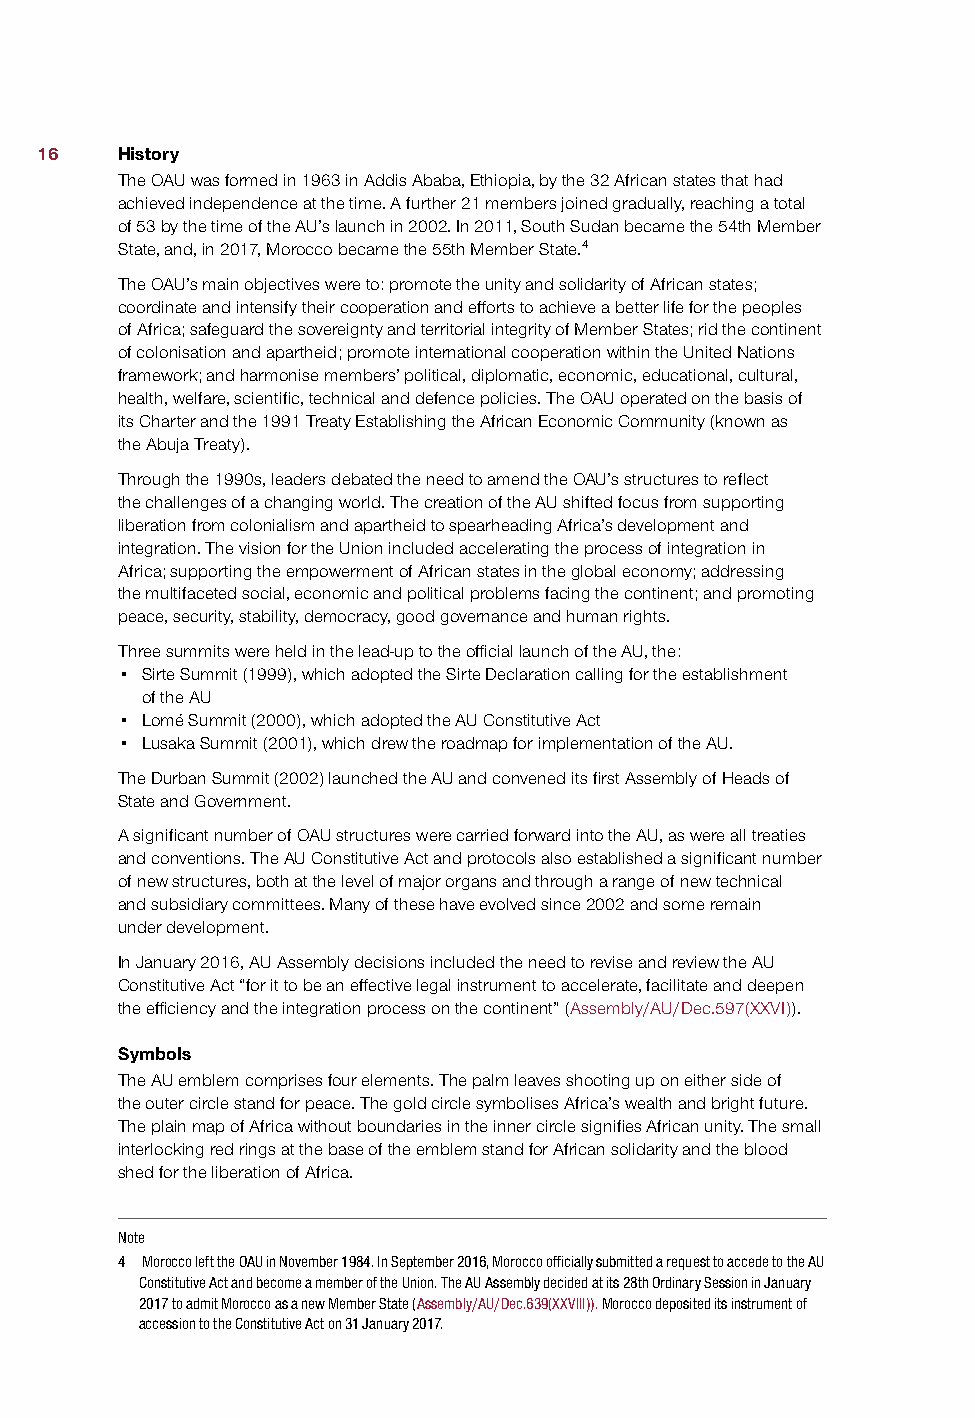
16    History
 The OAU was formed in 1963 in Addis Ababa, Ethiopia, by the 32 African states that had
 achieved independence at the time. A further 21 members joined gradually, reaching a total
 of 53 by the time of the AU’s launch in 2002. In 2011, South Sudan became the 54th Member
 State, and, in 2017, Morocco became the 55th Member State.4
 The OAU’s main objectives were to: promote the unity and solidarity of African states;
 coordinate and intensify their cooperation and efforts to achieve a better life for the peoples
 of Africa; safeguard the sovereignty and territorial integrity of Member States; rid the continent
 of colonisation and apartheid; promote international cooperation within the United Nations
 framework; and harmonise members’ political, diplomatic, economic, educational, cultural,
 health, welfare, scientific, technical and defence policies. The OAU operated on the basis of
 its Charter and the 1991 Treaty Establishing the African Economic Community (known as
 the Abuja Treaty).
 Through the 1990s, leaders debated the need to amend the OAU’s structures to reflect
 the challenges of a changing world. The creation of the AU shifted focus from supporting
 liberation from colonialism and apartheid to spearheading Africa’s development and
 integration. The vision for the Union included accelerating the process of integration in
 Africa; supporting the empowerment of African states in the global economy; addressing
 the multifaceted social, economic and political problems facing the continent; and promoting
 peace, security, stability, democracy, good governance and human rights.
 Three summits were held in the lead-up to the official launch of the AU, the:
 • Sirte Summit (1999), which adopted the Sirte Declaration calling for the establishment
 of the AU
 • Lomé Summit (2000), which adopted the AU Constitutive Act
 • Lusaka Summit (2001), which drew the roadmap for implementation of the AU.
 The Durban Summit (2002) launched the AU and convened its first Assembly of Heads of
 State and Government.
 A significant number of OAU structures were carried forward into the AU, as were all treaties
 and conventions. The AU Constitutive Act and protocols also established a significant number
 of new structures, both at the level of major organs and through a range of new technical
 and subsidiary committees. Many of these have evolved since 2002 and some remain
 under development.
 In January 2016, AU Assembly decisions included the need to revise and review the AU
 Constitutive Act “for it to be an effective legal instrument to accelerate, facilitate and deepen
 the efficiency and the integration process on the continent” (Assembly/AU/Dec.597(XXVI)).
 Symbols
 The AU emblem comprises four elements. The palm leaves shooting up on either side of
 the outer circle stand for peace. The gold circle symbolises Africa’s wealth and bright future.
 The plain map of Africa without boundaries in the inner circle signifies African unity. The small
 interlocking red rings at the base of the emblem stand for African solidarity and the blood
 shed for the liberation of Africa.
 Note
 4 Morocco left the OAU in November 1984. In September 2016, Morocco officially submitted a request to accede to the AU
 Constitutive Act and become a member of the Union. The AU Assembly decided at its 28th Ordinary Session in January
 2017 to admit Morocco as a new Member State (Assembly/AU/Dec.639(XXVIII)). Morocco deposited its instrument of
 accession to the Constitutive Act on 31 January 2017.